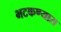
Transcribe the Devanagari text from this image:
भटकण्यास